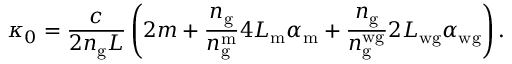
\kappa _ { 0 } = \frac { c } { 2 n _ { \mathrm { g } } L } \left( 2 m + \frac { n _ { \mathrm { g } } } { n _ { \mathrm { g } } ^ { \mathrm { m } } } 4 L _ { \mathrm { m } } \alpha _ { \mathrm { m } } + \frac { n _ { \mathrm { g } } } { n _ { \mathrm { g } } ^ { \mathrm { w g } } } 2 L _ { \mathrm { w g } } \alpha _ { \mathrm { w g } } \right) .